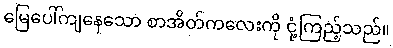
မြေပေါ်ကျနေသော စာအိတ်ကလေးကို ငုံ့ကြည့်သည်။